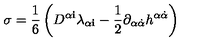
\sigma = \frac { 1 } { 6 } \left( D ^ { \alpha { \mathbf i } } \lambda _ { \alpha { \mathbf i } } - \frac { 1 } { 2 } \partial _ { \alpha { \dot { \alpha } } } h ^ { \alpha { \dot { \alpha } } } \right)